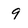
Character: 9